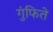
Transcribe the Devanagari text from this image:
गुंफिते